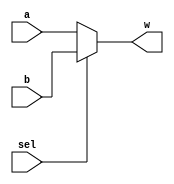
module Mux_12bit_2to1(input [11:0]a,b,input sel,output [11:0]w);
	assign w=(sel)?b:a;
endmodule